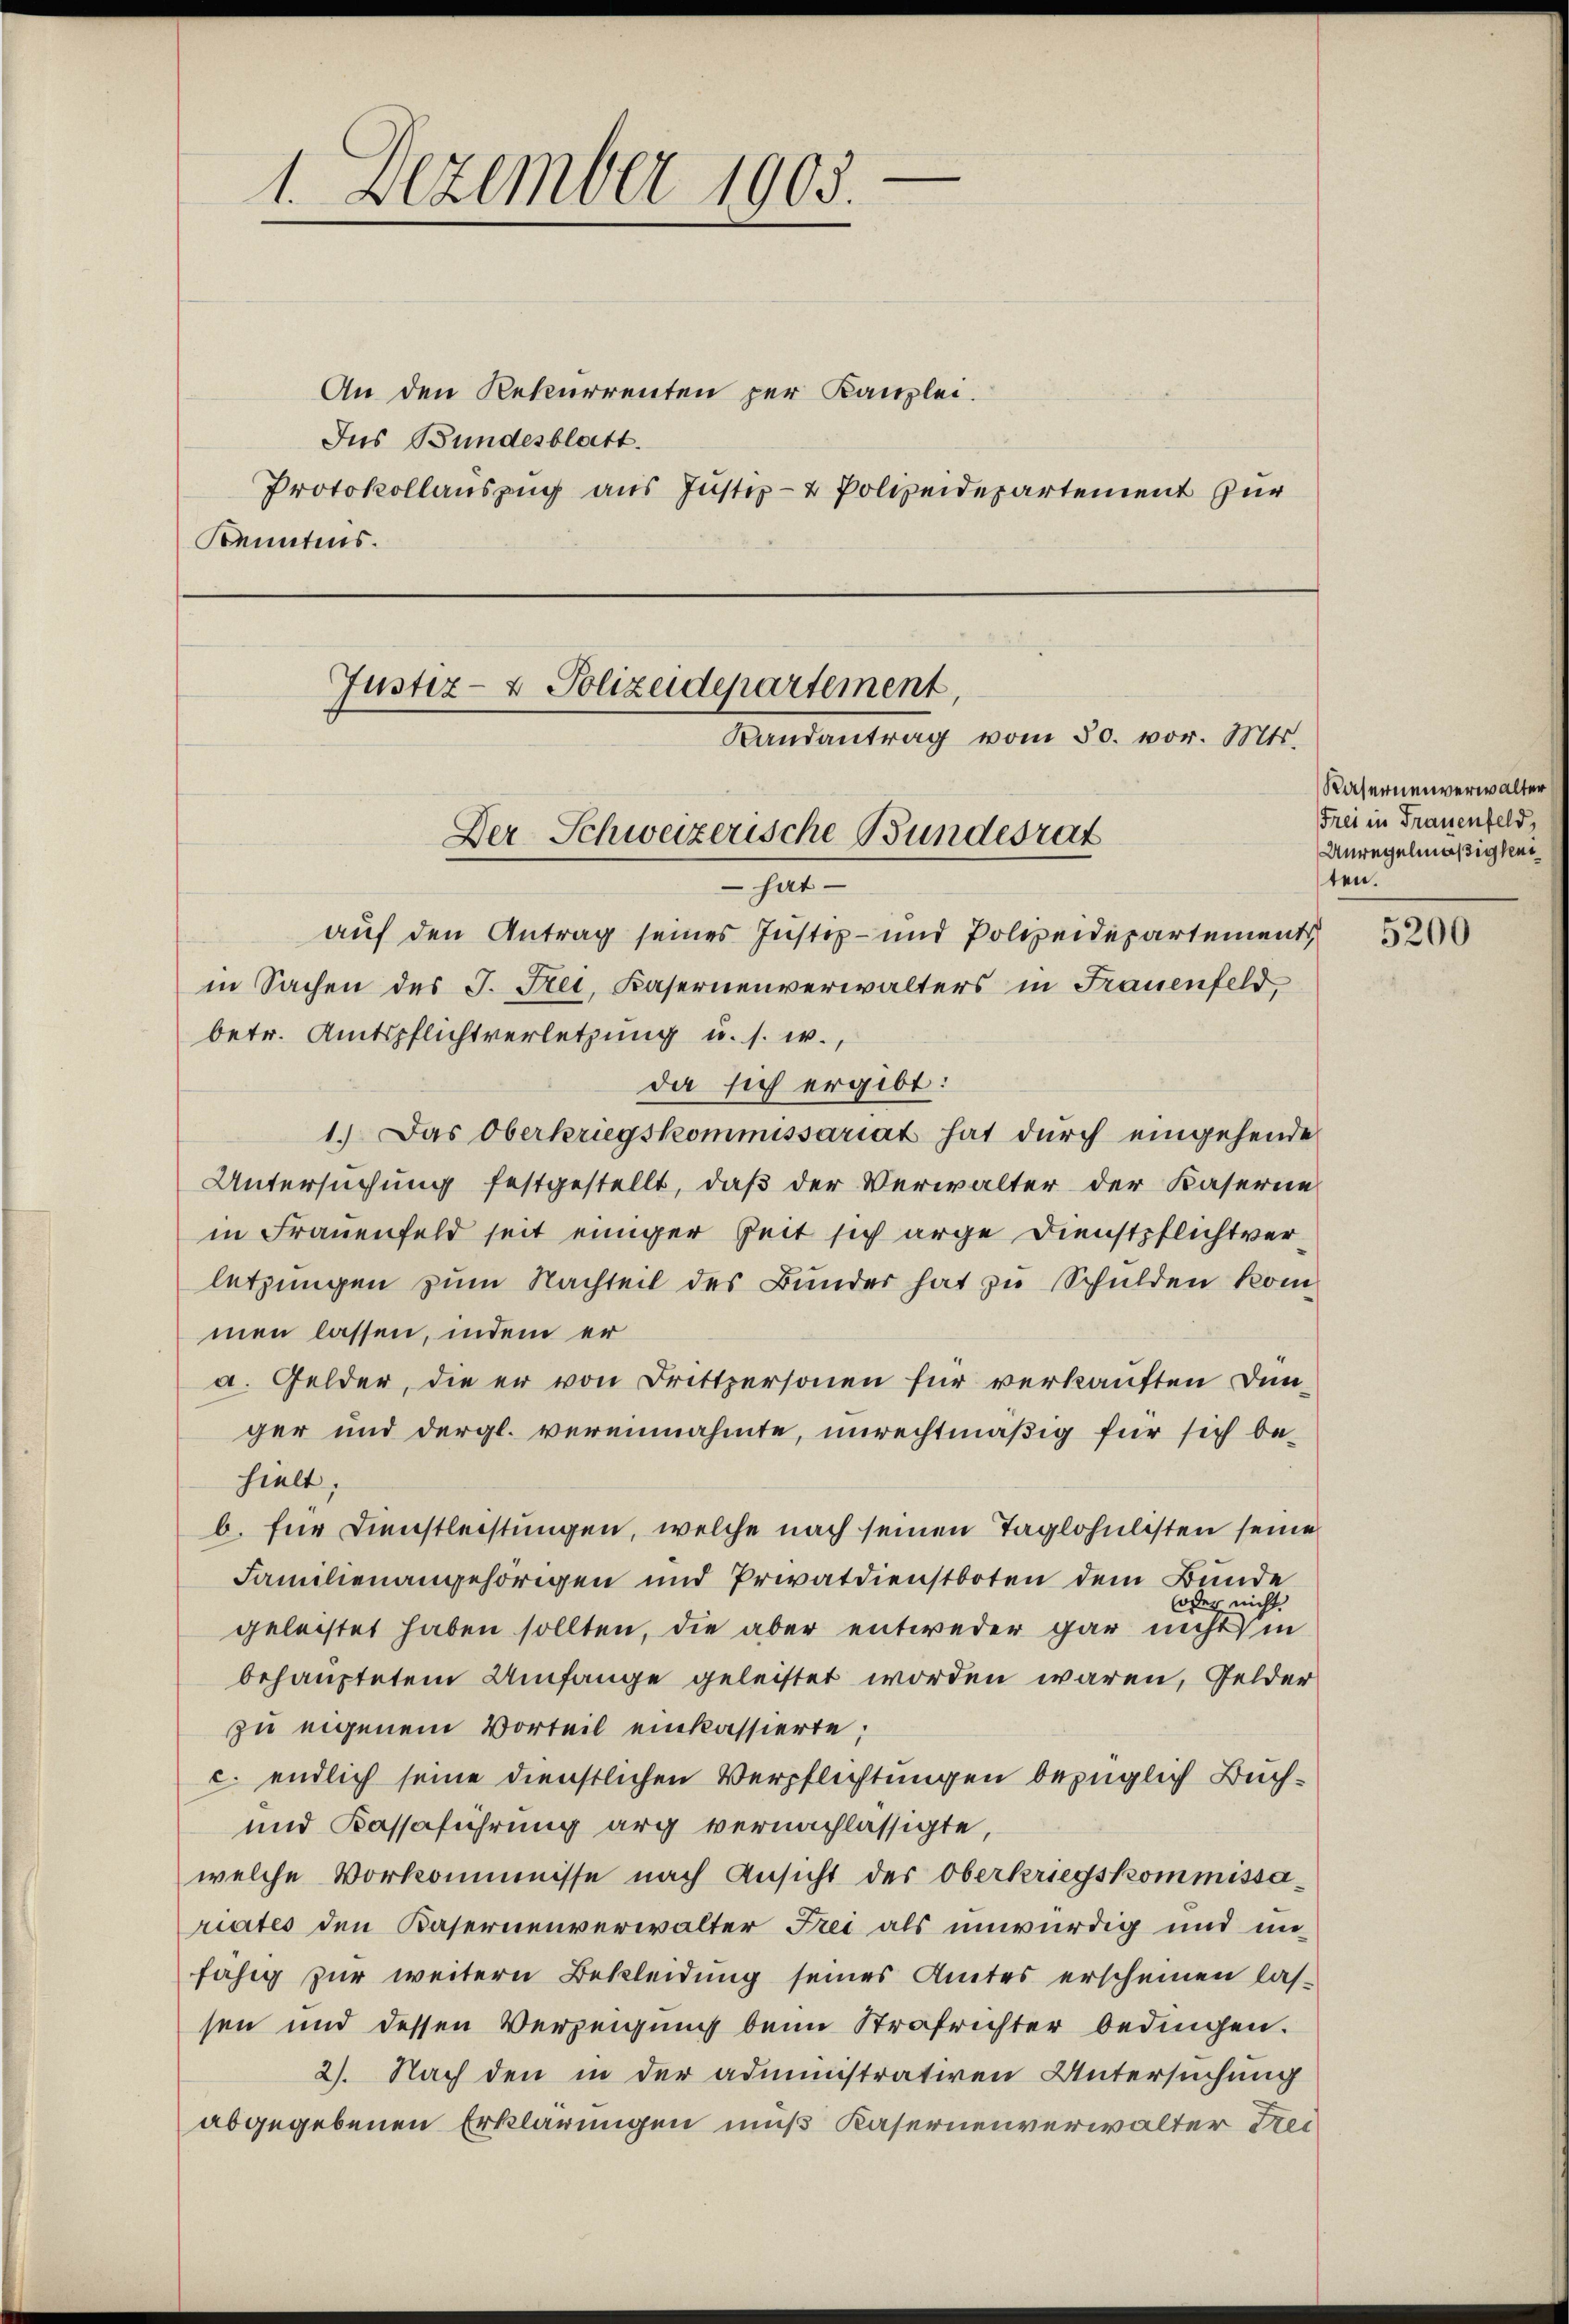
1. Dezember 1903

An den Rekurrenten per Kanzlei.
Ins Bundesblatt.
Protokollauszug aus Justiz- & Polizeidepartement zur
Kenntnis.

Justiz- & Polizeidepartement,
Randantrag vom 30. vor. Mts.
Der Schweizerische Bundesrat
 hat

auf den Antrag seines Justiz- und Polizeidepartements
in Sachen des J. Frei, Kasernenverwalters in Frauenfeld,
betr. Amtspflichtverletzung u. s. w.,
da sich ergibt:
1.) Das Oberkriegskommissariat hat durch eingehende
Untersuchung festgestellt, daß der Verwalter der Kaserne
in Frauenfeld seit einiger Zeit sich arge Dienstpflichtverletzungen zum Nachteil des Bunder hat zu Schulden kom
men lassen, indem er
a. Gelder, die er von Drittpersonen für verkauften Dunger und dergl. vereinnahmte, unrechtmäßig für sich behielt,
b. für Dienstleistungen, welche nach seinen Taglohnlisten seine
Familienangehörigen und Privatdienstboten dem Bunde
oder nicht
geleistet haben sollten, die aber entweder gar nicht in
behauptetem Umfange geleistet worden waren, Gelder
zu eigenem Vorteil einkassierte;
c. endlich seine dienstlichen Verpflichtungen bezüglich Buch¬
und Kassaführung arg vernachlässigte,
welche Vorkommnisse nach Ansicht der Oberkriegskommissariates den Kasernenverwalter Frei als unwürdig und in
fähig zur weitern Bekleidung seines Amtes erscheinen lassen und dessen Verzeigung beim Strafrichter bedingen.
2). Nach den in der administrativen Untersuchung
abgegebenen Erklärungen muß Kasernenverwalter drei

Kasernenverwalter
Frei in Frauenfeld,
Unregelmäßigkei
ten.

5200